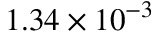
1 . 3 4 \times 1 0 ^ { - 3 }